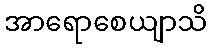
အာရောစေယျာသိ